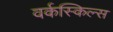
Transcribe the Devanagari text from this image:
वर्कस्किल्स